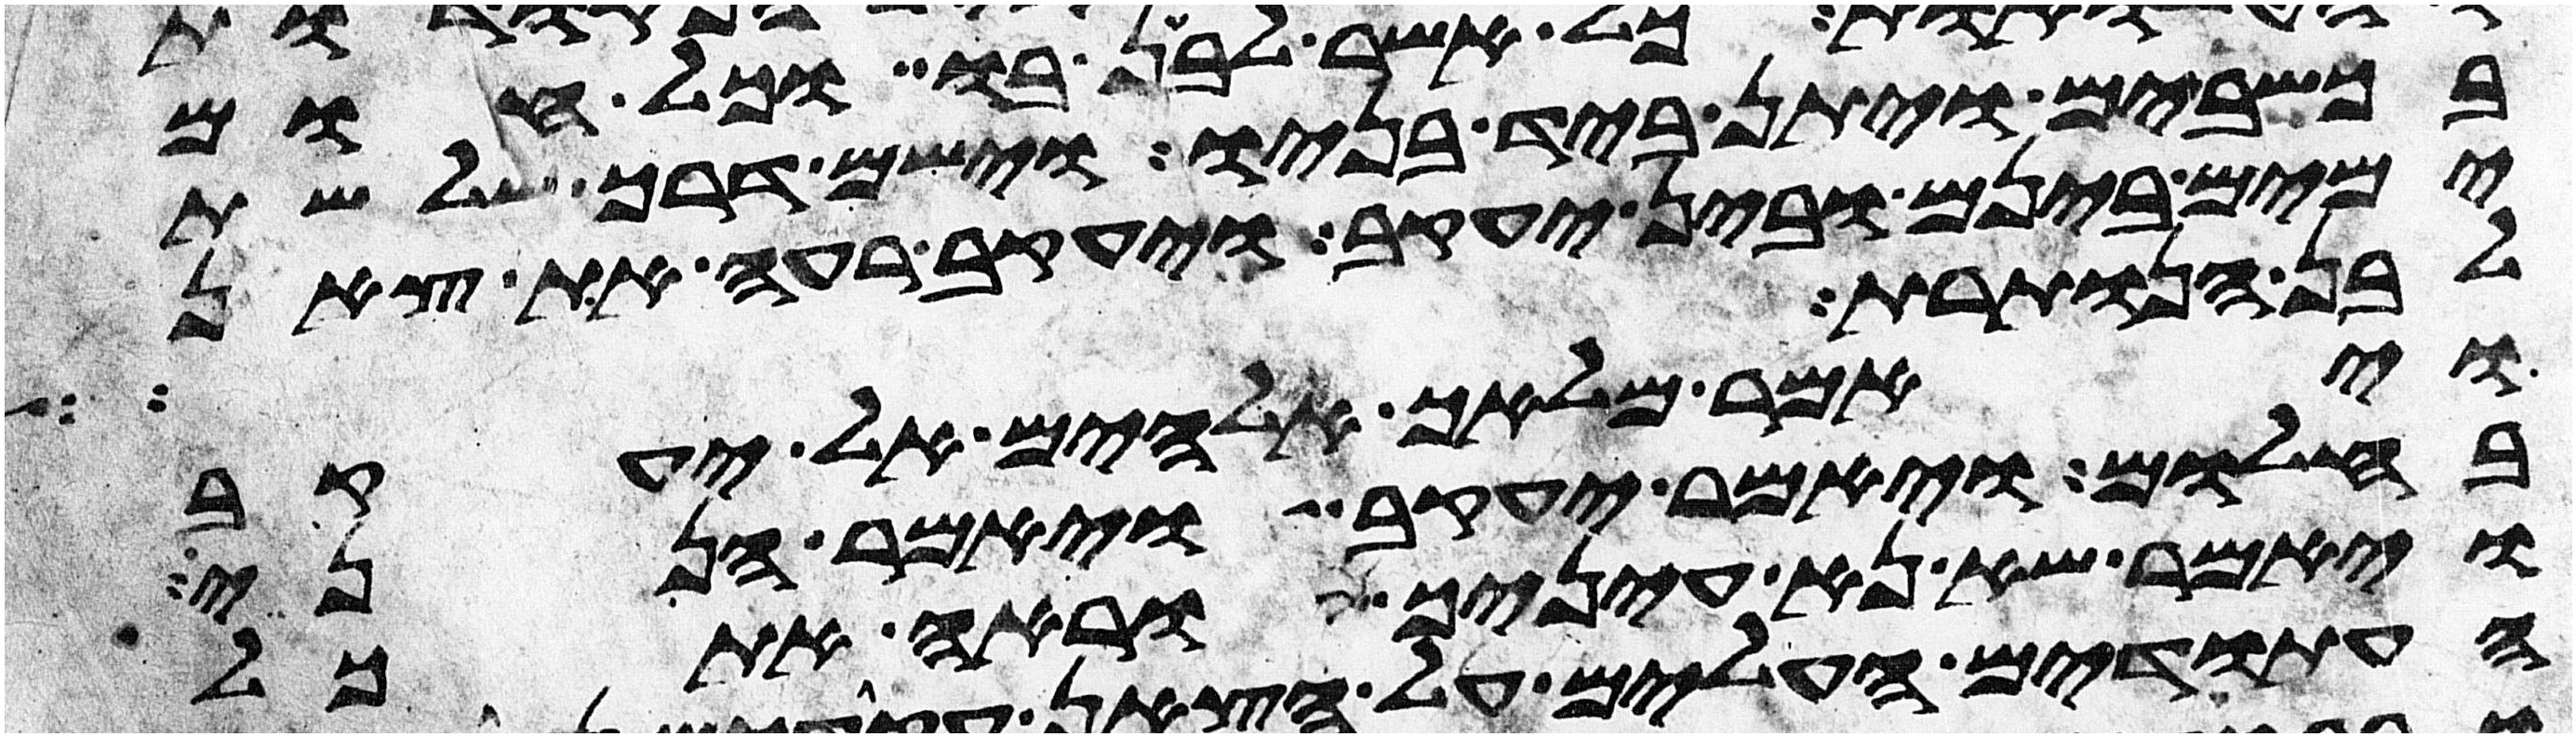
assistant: בכשבים ויתן ביד בניו וישם דרך שלשת
ימים בינם ובין יעקב ויעקב רעה את צאן
לבן הנותרת ויאמר מלאך
ויאמר מלאך אלהים אל יעקב
בחלום ויאמר יעקב ויאמר הנני
ויאמר שא נא עיניך וראה את כל